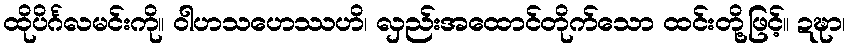
ထိုပိင်္ဂလမင်းကို။ ဝါဟသဟေဿဟိ၊ လှည်းအထောင်တိုက်သော ထင်းတို့ဖြင့်။ ဍဍ္ဎာ၊